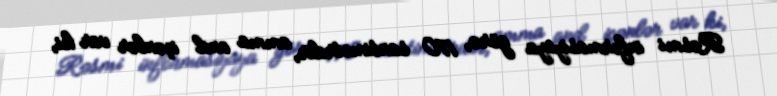
Rəsmi informasiyaya görə, 170 santimetrdir, amma and içənlər var ki,